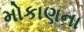
મોકાણના